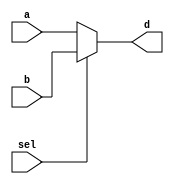
module mux2_32bits(a,b,sel,d);//mux2-32bits

	input [31:0] a,b;//32-bits inputs
	input sel;//selection
	output [31:0] d;//32-bits output
	
	assign d = (sel==0)? a : b;//conditional operation
	
	endmodule